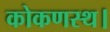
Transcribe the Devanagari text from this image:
कोकणस्थ।